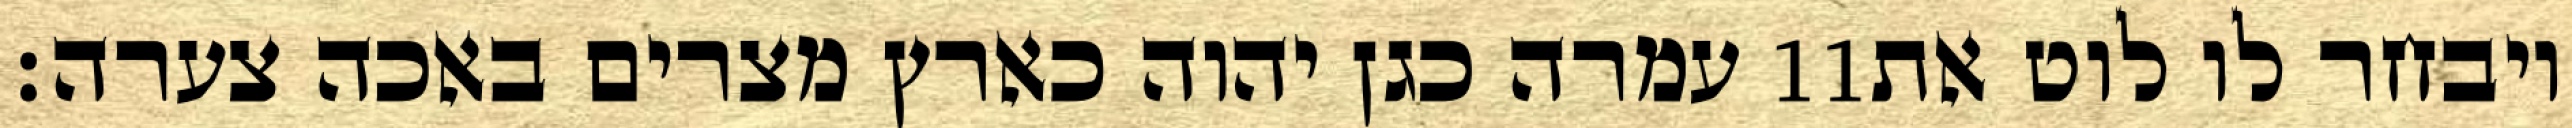
עמרה כגן יהוה כארץ מצרים באכה צערה׃ ‎11‏ ויבחר לו לוט את